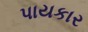
પાયકાર